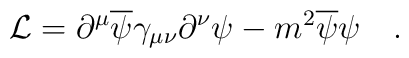
{\cal L} = \partial^\mu \overline \psi \gamma_{\mu\nu} \partial^\nu \psi-m^2 \overline \psi \psi \quad.